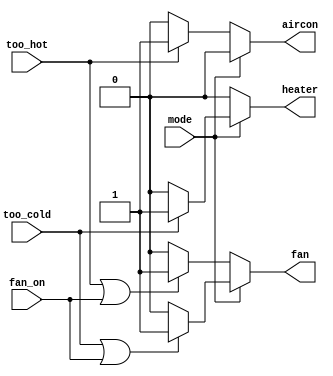
module top_module (
    input too_cold,
    input too_hot,
    input mode,
    input fan_on,
    output heater,
    output aircon,
    output fan
);
    // assign motor = mode ? (vibrate_mode ? 1'b1 : 1'b0) : 1'b0;
    always @(*) begin
        if (mode)begin
            if (too_cold) begin
                heater = 1'b1;
                aircon = 1'b0;
                // fan = 1'b1;
            end
            else begin
                heater = 1'b0;
                aircon = 1'b0;
                // fan = 1'b0;
            end
        end
        else begin
            if (too_hot) begin
                aircon = 1'b1;
                heater = 1'b0;
                // fan = 1'b1;
            end
            else begin
                heater = 1'b0;
                aircon = 1'b0;
                // fan = 1'b0;
            end
        end
    end

    always @(*) begin
        if (mode)begin
            if(too_cold | fan_on)
                fan = 1'b1;
            else
                fan = 1'b0;
        end
        else begin
            if(too_hot | fan_on)
                fan = 1'b1;
            else
                fan = 1'b0;
        end
    end

endmodule